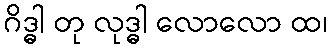
ဂိဒ္ဓါ တု လုဒ္ဓါ လောလော ထ၊